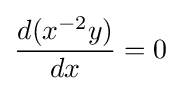
{\frac {d(x^{-2}y)}{dx}}=0